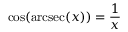
\cos ( \operatorname { a r c s e c } ( x ) ) = { \frac { 1 } { x } }